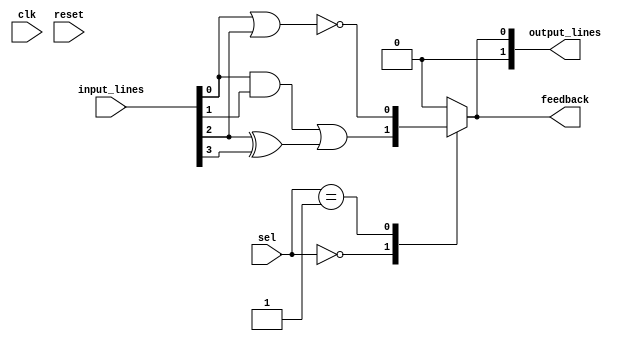
module CLB (
    input wire [3:0] input_lines,      // 4 input lines
    input wire [1:0] sel,               // Selector for multiplexers
    input wire clk,                     // Global clock signal
    input wire reset,                   // Global reset signal
    output wire [1:0] output_lines,     // 2 output lines
    output wire feedback                // Feedback path
);
    // Configuration memory (for simplicity, using reg)
    reg [3:0] lut_config [0:3]; // LUT configuration for each unit
    reg [1:0] lut_out; // Outputs from LUTs

    // Internal signals
    wire [3:0] lut_inputs;
    wire [1:0] mux_out;

    // Example LUT implementation
    always @(*) begin
        lut_out[0] = (input_lines[0] & input_lines[1]) | (input_lines[2] ^ input_lines[3]); // LUT0: AND and XOR
        lut_out[1] = ~(input_lines[0] | input_lines[2]); // LUT1: NOR
        // Additional LUTs can be added as needed...
    end

    // Multiplexer to select outputs based on the sel signal
    always @(*) begin
        case (sel)
            2'b00: output_lines = lut_out[0]; // Select output from LUT0
            2'b01: output_lines = lut_out[1]; // Select output from LUT1
            // Add more selections for additional LUT outputs...
            default: output_lines = 2'b00; // Default case
        endcase
    end

    // Feedback path
    assign feedback = output_lines[0]; // Feed back the first output

    // Configuration memory logic (simplified)
    always @(posedge clk or posedge reset) begin
        if (reset) begin
            // Reset configuration (for simplicity, initializing to zeros)
            lut_config[0] <= 4'b0000;
            lut_config[1] <= 4'b0000;
            lut_config[2] <= 4'b0000;
            lut_config[3] <= 4'b0000;
        end else begin
            // Logic to configure LUTs using lut_config...
            // (In a real design, you'd load this from an external source)
        end
    end

endmodule